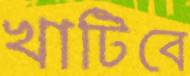
খাটিবে